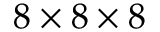
8 \times 8 \times 8